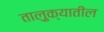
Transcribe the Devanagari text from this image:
तालु़क्यातील